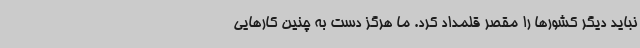
نباید دیگر کشورها را مقصر قلمداد کرد. ما هرگز دست به چنین کارهایی